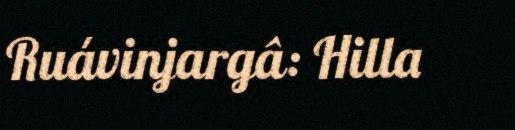
Ruávinjargâ: Hilla